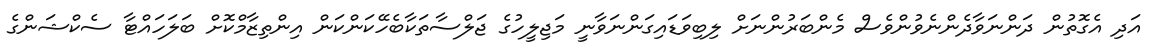
އަދި އެގޮތުން ދަންނަވާދެންނެވުންވެސް މެންބަރުންނަށް ލިބިވަޑައިގަންނަވާނީ މަޖިލީހުގެ ޖަލްސާތަކާބެހޭކަންކަން އިންތިޒާމްކޮށް ބަލަހައްޓާ ސެކްޝަންގެ